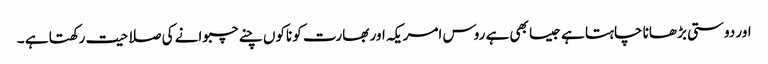
اور دوستی بڑھانا چاہتا ہے جیسا بھی ہے روس امریکہ اور بھارت کو ناکوں چنے چبوانے کی صلاحیت رکھتا ہے ۔